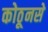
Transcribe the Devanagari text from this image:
कोठूनसे